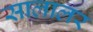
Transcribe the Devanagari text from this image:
सालालर